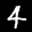
Label: 4